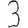
Digit: 3